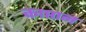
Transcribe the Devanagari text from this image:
काप्तान